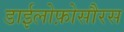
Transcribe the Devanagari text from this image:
डाईलोफ़ोसौरस